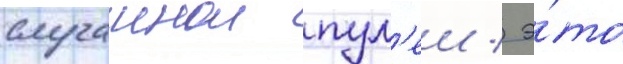
случаинои пул'еи / э́то